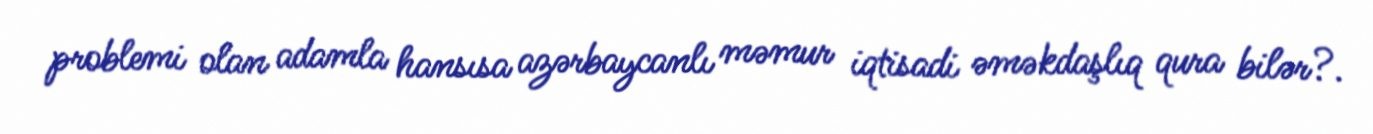
problemi olan adamla hansısa azərbaycanlı məmur iqtisadi əməkdaşlıq qura bilər?.